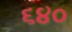
૬૪૦